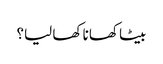
بیٹا کھانا کھا لیا؟